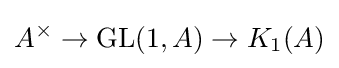
A^{\times }\to \operatorname {GL} (1,A)\to K_{1}(A)